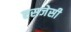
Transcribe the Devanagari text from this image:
एसजेसी